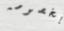
بخصوصه